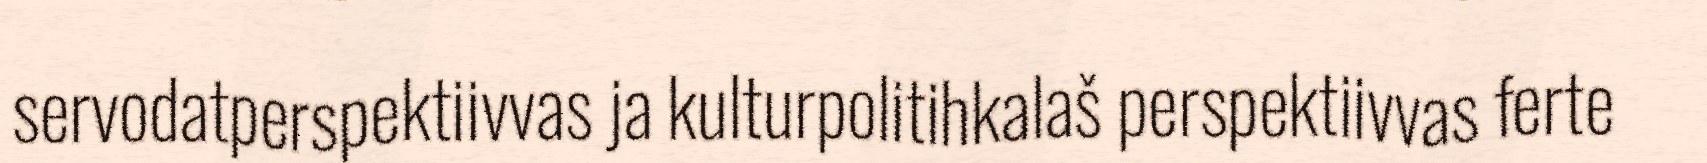
servodatperspektiivvas ja kulturpolitihkalaš perspektiivvas ferte